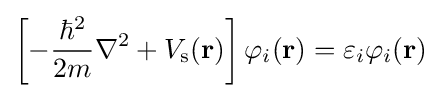
\left[-{\frac {\hbar ^{2}}{2m}}\nabla ^{2}+V_{\text{s}}(\mathbf {r} )\right]\varphi _{i}(\mathbf {r} )=\varepsilon _{i}\varphi _{i}(\mathbf {r} )